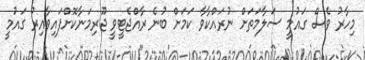
މިހާރު ވެސް ގައުމީ ސަލާމަތަށް ނުރައްކާވާ ކަމަށް ބުނެ ރާއްޖެޓީވީ ޖޫރިމަނާކޮށްފައިވާއިރު ގައުމީ